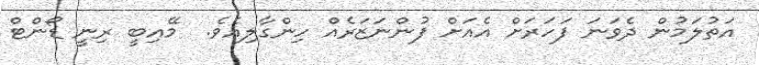
އަތުލަމުން ދެވަނަ ފަހަރަށް އެއަށް ފުންނަޒަރެއް ހިންގާލިއެވެ.  މޭއިބީ ރިނީ ޑޯންޓް